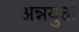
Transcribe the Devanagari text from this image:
अन्नयुक्त